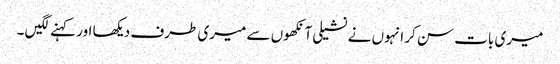
میری بات سن کر انہوں نے نشیلی آنکھوں سے میری طرف دیکھا اور کہنے لگیں ۔